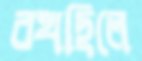
বখছিলে